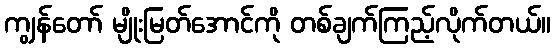
ကျွန်တော် မျိုးမြတ်အောင်ကို တစ်ချက်ကြည့်လိုက်တယ်။